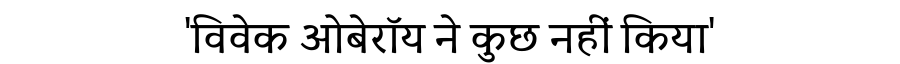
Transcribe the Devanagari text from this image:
'विवेक ओबेरॉय ने कुछ नहीं किया'